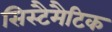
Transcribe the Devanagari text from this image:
सिस्टैमैटिक